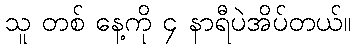
သူ တစ် နေ့ကို ၄ နာရီပဲအိပ်တယ်။